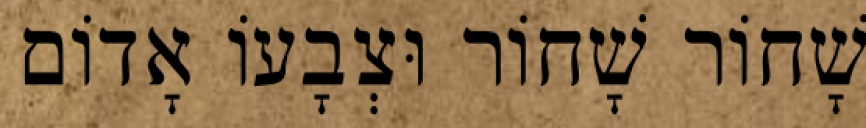
שָׁחוֹר שָׁחוֹר וּצְבָעוֹ אָדוֹם